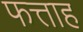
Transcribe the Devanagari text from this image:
फत्ताह